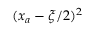
( x _ { a } - \xi / 2 ) ^ { 2 }